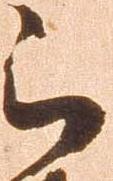
被